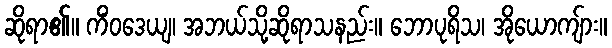
ဆိုရာ၏။ ကိံဝဒေယျ၊ အဘယ်သို့ဆိုရာသနည်း။ ဘောပုရိသ၊ အိုယောကျ်ား။